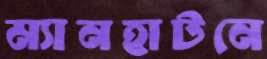
ম্যানহাটনে